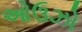
ઓઉઝો